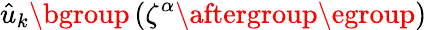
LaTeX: \hat{u}_{k}\mathopen{}\mathclose\bgroup\left(\zeta^{\alpha}\aftergroup\egroup\right)